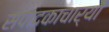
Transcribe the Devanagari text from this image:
संपादकाचार्यों